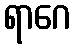
ရာဂေ